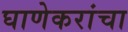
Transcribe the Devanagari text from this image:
घाणेकरांचा